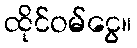
ထိုင်ဝမ်ငွေ။